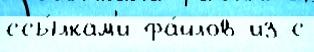
ссы́лкам'и фа́йлов из с